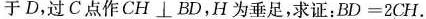
于D，过C点作CH\bot BD，H为垂足，求证：$$B D = 2 C H$$.